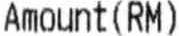
AMOUNT (RM)